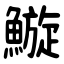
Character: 䲂